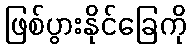
ဖြစ်ပွားနိုင်ခြေကို